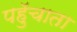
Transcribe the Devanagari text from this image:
पहुॅचाता